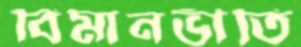
বিমানভীতি